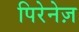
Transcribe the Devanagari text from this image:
पिरेनेज़